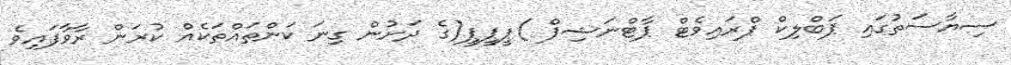
ސިޔާސަތުގައި ޕަބްލިކް ޕްރައިވެޓް ޕާޓްނަޝިޕް )ޕީޕީޕީ(ގެ ދަށުން ގިނަ ކަންތައްތަކެއް ކުރަން ރާވާފައިވެ